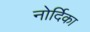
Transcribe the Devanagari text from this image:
नोर्दिका